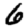
Digit: 6